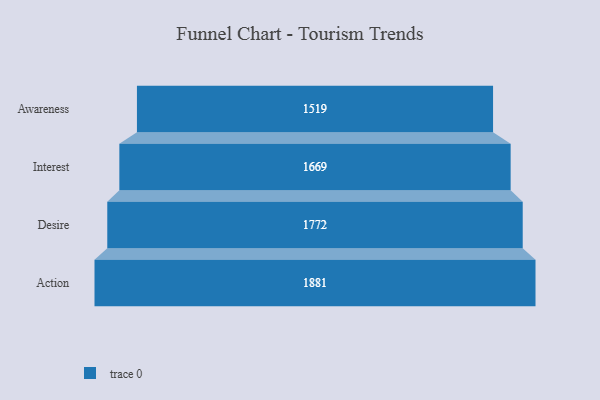
{"axis": {"x": "Stage", "y": "Value"}, "legend": [""], "data": [{"x": "Awareness", "y": 1519.0, "type": ""}, {"x": "Interest", "y": 1669.0, "type": ""}, {"x": "Desire", "y": 1772.0, "type": ""}, {"x": "Action", "y": 1881.0, "type": ""}]}